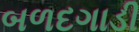
બળદગાડી